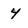
Character: 4